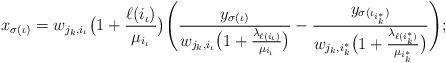
LaTeX: \begin{align*}x_{\sigma(\iota)}= w_{j_k,i_{\iota}}\bigl(1+\frac{\ell(i_{\iota})}{\mu_{i_{\iota}}}\bigr)\Biggl(\frac{y_{\sigma(\iota)}}{w_{j_k,i_{\iota}}\bigl(1+\frac{\lambda_{\ell(i_{\iota})}}{\mu_{i_{\iota}}}\bigr)}-\frac{y_{\sigma(\iota_{i^*_k})}}{w_{j_k,i^*_k}\bigl(1+\frac{\lambda_{\ell(i^*_k)}}{\mu_{i^*_k}}\bigr)}\Biggr);\end{align*}